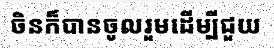
ចិនក៏បានចូលរួមដើម្បីជួយ